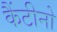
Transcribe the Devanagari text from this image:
कैंटीनो